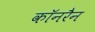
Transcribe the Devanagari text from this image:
कॉनरैन